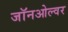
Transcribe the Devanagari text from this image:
जॉनओल्वर